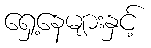
ရှေ့နေများနှင့်